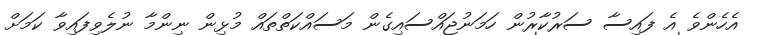
އެހެންވެ އެ ފައިސާ ސަރުކާރުން ހަމަނުޖައްސައިގެން މަސައްކަތްތައް މުޅިން ނިންމާ ނުލެވިފައިވާ ކަމަށް